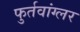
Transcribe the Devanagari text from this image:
फुर्तवांग्लर